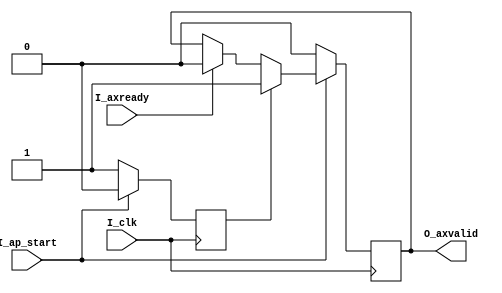
//FILE_HEADER-----------------------------------------------------------------
//ZTE  Copyright (C)
//ZTE Company Confidential
//----------------------------------------------------------------------------
//Project Name : cnna
//Department   : Technical Planning Department/System Products/ZTE
//----------------------------------------------------------------------------
//Module Hiberarchy :
//        |--U01_axim_rddr
//        |--U02_axim_wddr
// cnna --|--U03_axis_reg
//        |--U04_main_process
//----------------------------------------------------------------------------
//Relaese History :
//----------------------------------------------------------------------------
//Version         Date           Author        Description
// 1.1           july-30-2019                    
//----------------------------------------------------------------------------
//Main Function:
//a)When I_ap_start is high level, 
//b)O_axvalid and I_axready all high level only active one clk.
//----------------------------------------------------------------------------
//REUSE ISSUES: none
//Reset Strategy: synchronization 
//Clock Strategy: one common clock 
//Critical Timing: none 
//Asynchronous Interface: none 
//END_HEADER------------------------------------------------------------------
`timescale 1 ns / 100 ps
module axvalid_ctrl (
    input       I_clk       ,
    input       I_ap_start  ,
    input       I_axready   ,
    output reg  O_axvalid  
);

////Case 1
////    __    __    __    __    __    __    __    __    __    __    __    __    __    __
//// __|  |__|  |__|  |__|  |__|  |__|  |__|  |__|  |__|  |__|  |__|  |__|  |__|  |__|  |__
////                      _______________________________________________
////I_ap_start  _________|                                               |_________________
////            _______________                                                  __________
////S_axvalid_en               |________________________________________________|
////           __________________________________       ____________
////I_axready                                    |_____|            |______________________
////                            ____
////O_axvalid__________________|    |______________________________________________________ 
////

////Case 2 
////    __    __    __    __    __    __    __    __    __    __    __    __    __    __
//// __|  |__|  |__|  |__|  |__|  |__|  |__|  |__|  |__|  |__|  |__|  |__|  |__|  |__|  |__
////                      _______________________________________________
////I_ap_start  _________|                                               |_________________
////            _______________                                                  __________
////S_axvalid_en               |________________________________________________|
////                                        _________________        ___________
////I_axready   ___________________________|                 |______|           |__________
////                            _________________
////O_axvalid__________________|                 |_________________________________________
////

reg                         S_axvalid_en   ;

always @(posedge I_clk)begin
    if(I_ap_start)begin
        S_axvalid_en   <= 1'b0;
    end
    else begin
        S_axvalid_en   <= 1'b1;
    end
end

always @(posedge I_clk)begin
    if(I_ap_start)begin
        if(S_axvalid_en)begin
            O_axvalid      <= 1'b1        ;
        end
        else if(I_axready)begin
            O_axvalid      <= 1'b0        ;
        end
        else begin 
            O_axvalid      <= O_axvalid   ; 
        end
    end
    else begin
        O_axvalid      <= 1'b0;
    end
end

endmodule